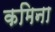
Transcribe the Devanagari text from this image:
कमिना